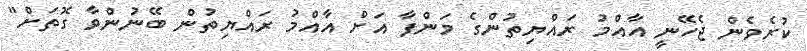
ކުރެވެން ޖެހޭނީ އާއްމު ރައްޔިތުންގެ މަންފާ އަށް އާއްމު ރައްޔިތުން ބޭނުންވާ ގޮތަށް"